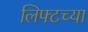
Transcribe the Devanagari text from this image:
लिफ्टच्या